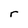
Character: r